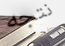
نتجه